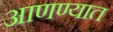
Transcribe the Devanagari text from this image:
आणण्यात